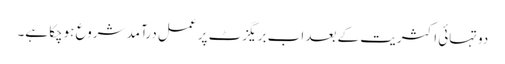
دوتہائی اکثریت کے بعد اب بریگزٹ پر عمل درآمد شروع ہوچکا ہے۔